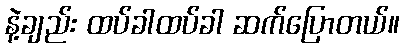
နဲ့ချည်း ထပ်ခါထပ်ခါ ဆက်ပြောတယ်။